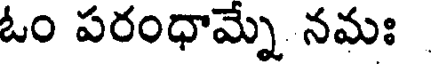
ఓం పరంధామ్నే నమః